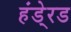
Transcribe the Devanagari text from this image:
हंडे्रड